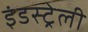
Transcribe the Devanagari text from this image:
इंडस्ट्रेली